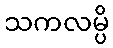
သကလမ္ပိ